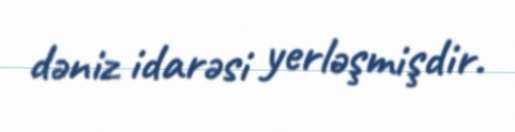
dəniz idarəsi yerləşmişdir.